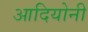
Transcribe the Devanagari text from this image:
आदियोनी